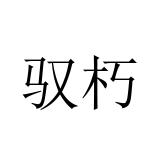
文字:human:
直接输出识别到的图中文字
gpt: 驭朽